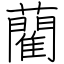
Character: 藺